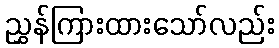
ညွှန်ကြားထားသော်လည်း